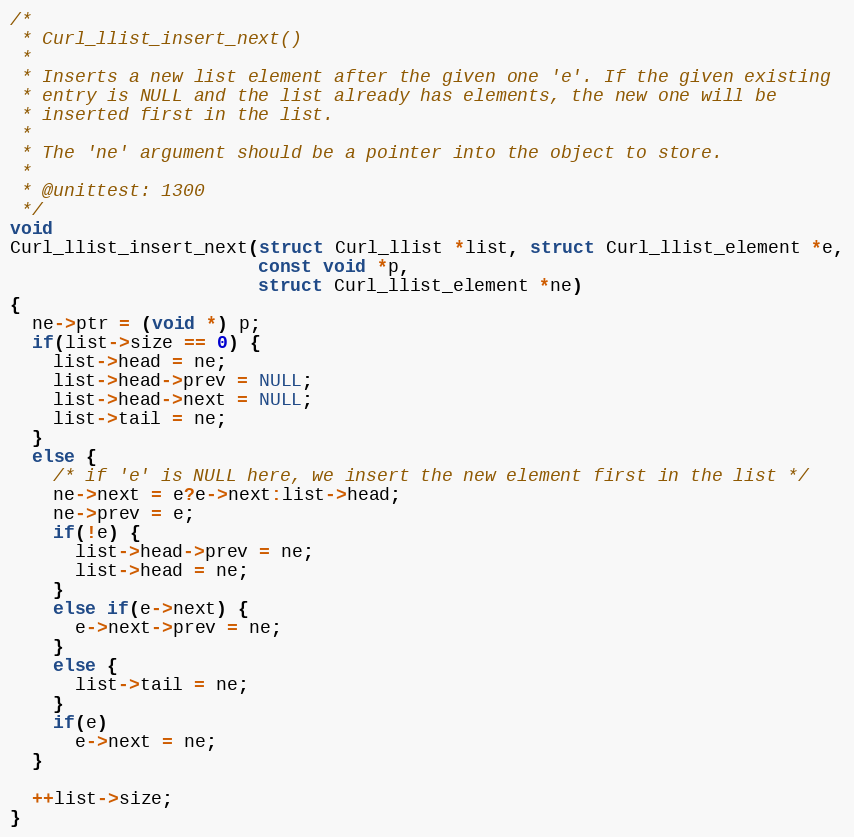
Language: C
/*
 * Curl_llist_insert_next()
 *
 * Inserts a new list element after the given one 'e'. If the given existing
 * entry is NULL and the list already has elements, the new one will be
 * inserted first in the list.
 *
 * The 'ne' argument should be a pointer into the object to store.
 *
 * @unittest: 1300
 */
void
Curl_llist_insert_next(struct Curl_llist *list, struct Curl_llist_element *e,
                       const void *p,
                       struct Curl_llist_element *ne)
{
  ne->ptr = (void *) p;
  if(list->size == 0) {
    list->head = ne;
    list->head->prev = NULL;
    list->head->next = NULL;
    list->tail = ne;
  }
  else {
    /* if 'e' is NULL here, we insert the new element first in the list */
    ne->next = e?e->next:list->head;
    ne->prev = e;
    if(!e) {
      list->head->prev = ne;
      list->head = ne;
    }
    else if(e->next) {
      e->next->prev = ne;
    }
    else {
      list->tail = ne;
    }
    if(e)
      e->next = ne;
  }

  ++list->size;
}